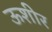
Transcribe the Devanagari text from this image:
ऊशीर